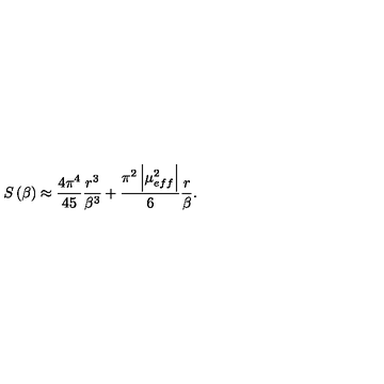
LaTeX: S \left( \beta \right) \approx \frac { 4 \pi ^ { 4 } } { 4 5 } \frac { r ^ { 3 } } { \beta ^ { 3 } } + \frac { \pi ^ { 2 } \left| \mu _ { e f f } ^ { 2 } \right| } { 6 } \frac { r } { \beta } .